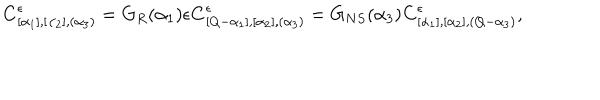
{ \bf C } _ { [ \alpha _ { 1 } ] , [ \alpha _ { 2 } ] , ( \alpha _ { 3 } ) } ^ { \epsilon } = G _ { R } ( \alpha _ { 1 } ) \epsilon { \bf C } _ { [ Q - \alpha _ { 1 } ] , [ \alpha _ { 2 } ] , ( \alpha _ { 3 } ) } ^ { \epsilon } = G _ { N S } ( \alpha _ { 3 } ) { \bf C } _ { [ \alpha _ { 1 } ] , [ \alpha _ { 2 } ] , ( Q - \alpha _ { 3 } ) } ^ { \epsilon } ,